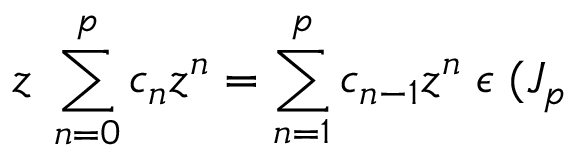
z \; \sum _ { n = 0 } ^ { p } c _ { n } z ^ { n } = \sum _ { n = 1 } ^ { p } c _ { n - 1 } z ^ { n } \; \epsilon \; ( { \cal J } _ { p }